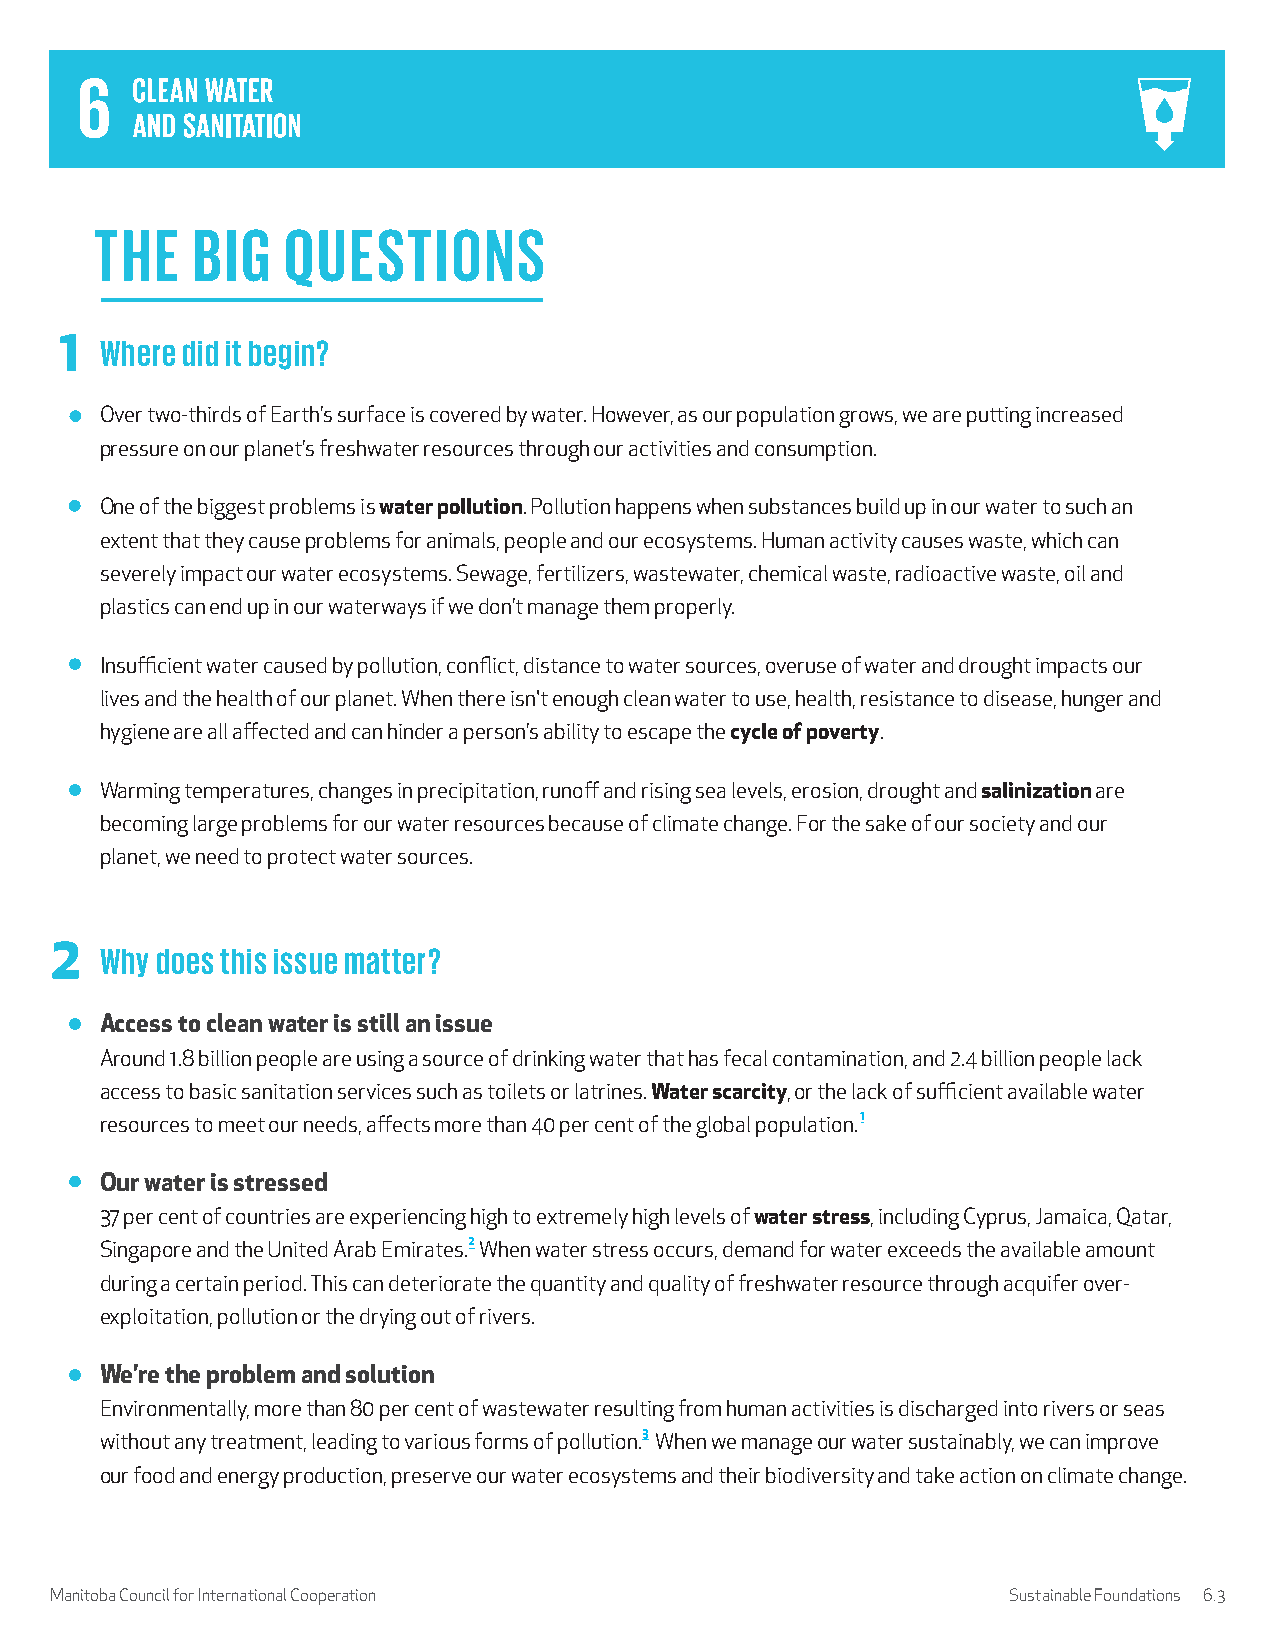
THE    BIG   QUESTIONS
 1  Where did it begin?
 Over two-thirds of Earth’s surface is covered by water. However, as our population grows, we are putting increased
 pressure on our planet’s freshwater resources through our activities and consumption.
 One of the biggest problems is water pollution. Pollution happens when substances build up in our water to such an
 extent that they cause problems for animals, people and our ecosystems. Human activity causes waste, which can
 severely impact our water ecosystems. Sewage, fertilizers, wastewater, chemical waste, radioactive waste, oil and
 plastics can end up in our waterways if we don’t manage them properly.
 Insufficient water caused by pollution, conflict, distance to water sources, overuse of water and drought impacts our
 lives and the health of our planet. When there isn't enough clean water to use, health, resistance to disease, hunger and
 hygiene are all affected and can hinder a person’s ability to escape the cycle of poverty.
 Warming temperatures, changes in precipitation, runoff and rising sea levels, erosion, drought and salinization are
 becoming large problems for our water resources because of climate change. For the sake of our society and our
 planet, we need to protect water sources.
 2   Why does this issue matter?
 Access to clean water is still an issue
 Around 1.8 billion people are using a source of drinking water that has fecal contamination, and 2.4 billion people lack
 access to basic sanitation services such as toilets or latrines. Water scarcity, or the lack of sufficient available water
 resources to meet our needs, affects more than 40 per cent of the global population.1
 Our water is stressed
 37 per cent of countries are experiencing high to extremely high levels of water stress, including Cyprus, Jamaica, Qatar,
 Singapore and the United Arab Emirates.2 When water stress occurs, demand for water exceeds the available amount
 during a certain period. This can deteriorate the quantity and quality of freshwater resource through acquifer over-
 exploitation, pollution or the drying out of rivers.
 We’re the problem and solution
 Environmentally, more than 80 per cent of wastewater resulting from human activities is discharged into rivers or seas
 without any treatment, leading to various forms of pollution.3 When we manage our water sustainably, we can improve
 our food and energy production, preserve our water ecosystems and their biodiversity and take action on climate change.
 Manitoba Council for International Cooperation                  Sustainable Foundations 6.3